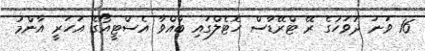
16 ވަނަ ދުވަހުގެ ރޭ ޓްރޭޑާސް ހޮޓެލްގައި ބާއްްވާ އެސްޓީއޯގެ އަހަރީ އާންމު